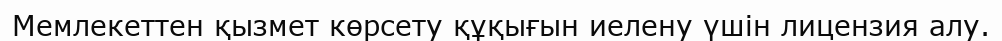
Мемлекеттен қызмет көрсету құқығын иелену үшін лицензия алу.